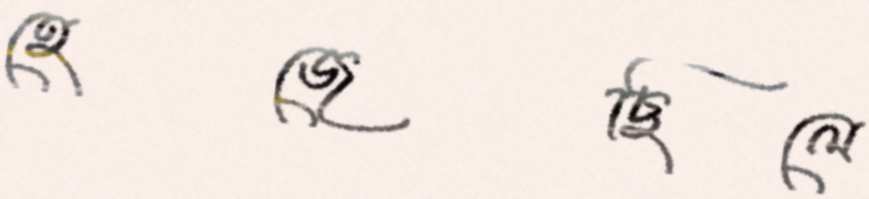
হেজেছিলে